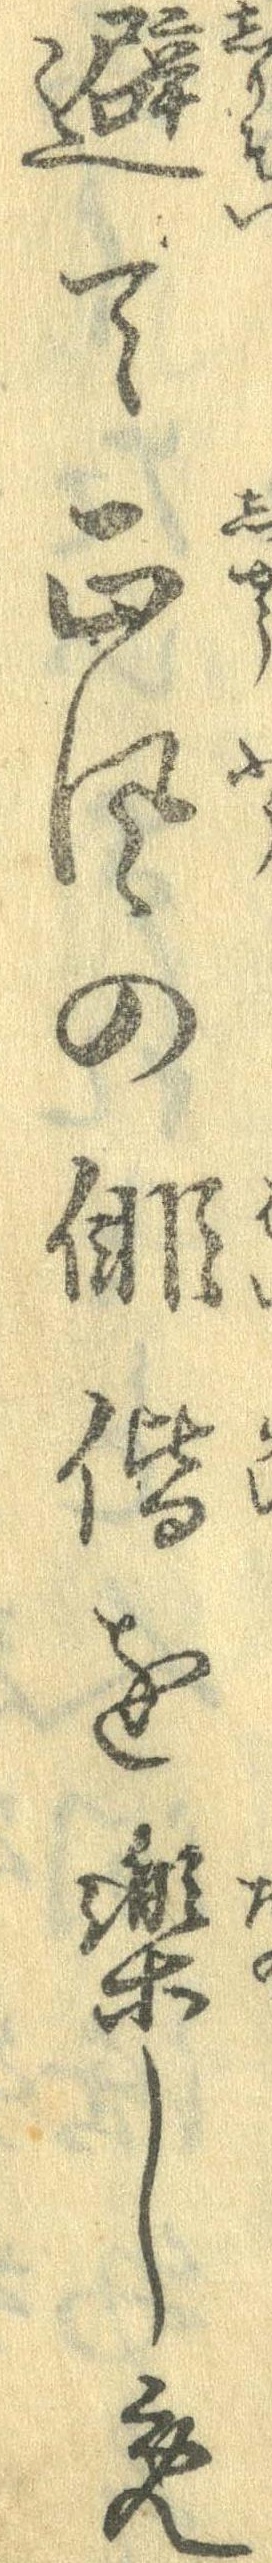
避て正風の俳諧を楽しめ